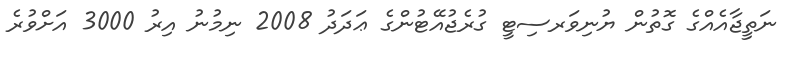
ނަތީޖާއެއްގެ ގޮތުން ޔުނިވަރސިޓީ ގުރެޖުއޭޓުންގެ ޢަދަދު 2008 ނިމުނު އިރު 3000 އަށްވުރެ